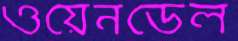
ওয়েনডেল